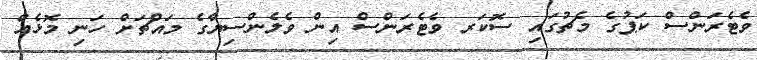
ވެޓެރަންސް ކަޕުގެ މެޗުގައި ސޮކަރ ވެޓެރަންސް އިން ވެލެންސިޔާގެ މައްޗަށް ހަނި މޮޅެއް